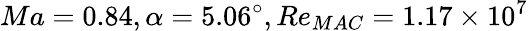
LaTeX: Ma=0.84,\alpha=5.06^{\circ},Re_{MAC}=1.17\times{10^{7}}